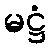
မဋ္ဌံ